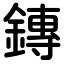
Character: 鏄